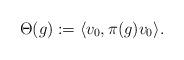
LaTeX: \begin{align*}\Theta(g):=\langle v_0, \pi(g)v_0\rangle. \end{align*}